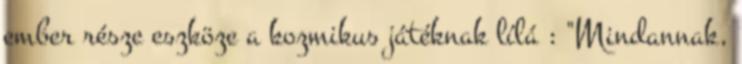
ember része eszköze a kozmikus játéknak lílá : "Mindannak,